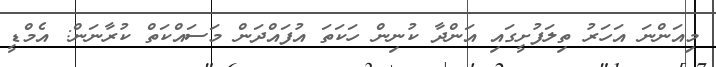
މިއަންނަ އަހަރު ތިލަފުށީގައި އަންދާ ކުނިން ހަކަތަ އުފައްދަން މަސައްކަތް ކުރާނަން: އެމްޑީ